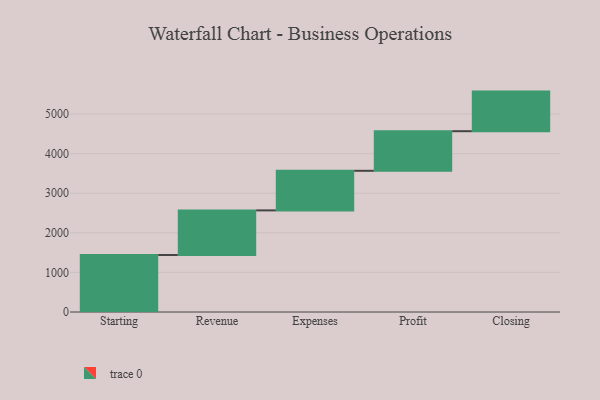
{"axis": {"x": "Step", "y": "Value"}, "legend": [""], "data": [{"x": "Starting", "y": 1439.0, "type": ""}, {"x": "Revenue", "y": 1127.0, "type": ""}, {"x": "Expenses", "y": 1000, "type": ""}, {"x": "Profit", "y": 1000, "type": ""}, {"x": "Closing", "y": 1000, "type": ""}]}